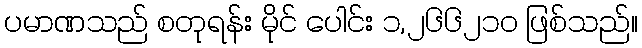
ပမာဏသည် စတုရန်း မိုင် ပေါင်း ၁,၂၆၆၂၁၀ ဖြစ်သည်။